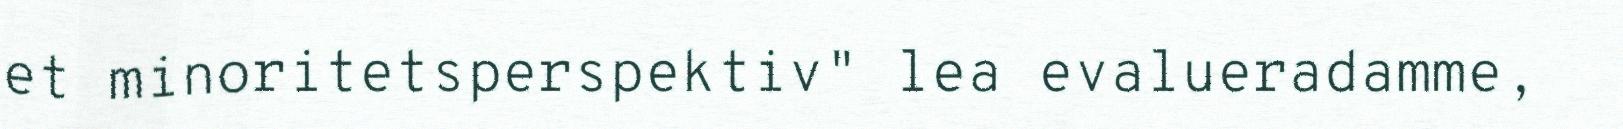
et minoritetsperspektiv" lea evalueradamme,